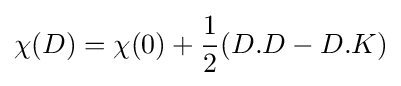
\chi (D)=\chi (0)+{\frac {1}{2}}(D.D-D.K)